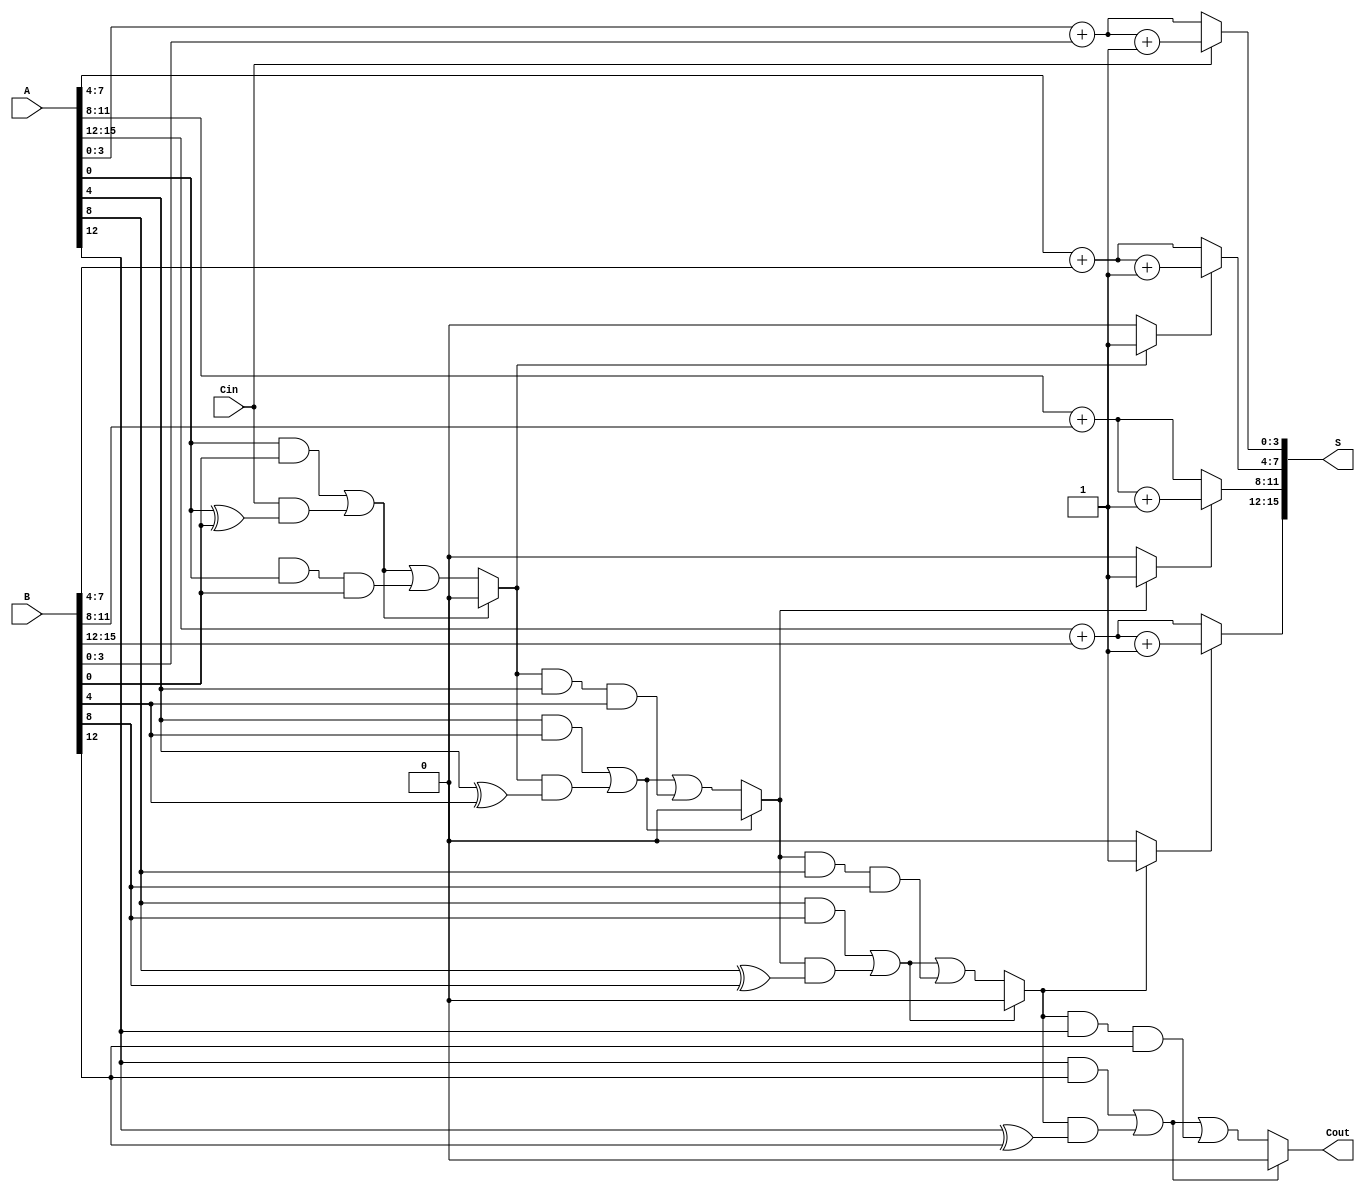
module CCSA #(parameter n = 16, k = 4) (
    input [n-1:0] A,
    input [n-1:0] B,
    input Cin,
    output [n-1:0] S,
    output Cout
);
  
    localparam m = n / k; // number of segments
    wire [k-1:0] S0 [0:m-1];
    wire [k-1:0] S1 [0:m-1];
    wire C0 [0:m-1];
    wire C1 [0:m-1];
    wire C_temp [0:m-1];
    wire [m-1:0] MUX_select;

    genvar i;
    generate
        for (i = 0; i < m; i = i + 1) begin : segment
            // Select the bits for the current segment
            wire [k-1:0] A_segment = A[i*k +: k];
            wire [k-1:0] B_segment = B[i*k +: k];

            // Calculate S0 and S1
            assign S0[i] = A_segment + B_segment; // S assuming carry = 0
            assign S1[i] = A_segment + B_segment + 1; // S assuming carry = 1

            // Generate carries for next segment
            if (i == 0) begin
                assign C0[i] = (A_segment & B_segment) | (Cin & (A_segment ^ B_segment));
            end else begin
                assign C0[i] = (A_segment & B_segment) | (C_temp[i-1] & (A_segment ^ B_segment));
            end
            assign C1[i] = C0[i] | (C_temp[i-1] & A_segment & B_segment);
            assign C_temp[i] = C0[i] ? 1'b0 : C1[i];
        end
    endgenerate

    // MUX selection logic for S based on carries
    generate
        for (i = 0; i < m; i = i + 1) begin : mux
            assign MUX_select[i] = (i == 0) ? Cin : (C_temp[i-1] ? 1'b1 : 1'b0);
            assign S[i*k +: k] = MUX_select[i] ? S1[i] : S0[i];
        end
    endgenerate

    // Final carry-out
    assign Cout = C_temp[m-1];

endmodule